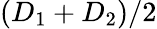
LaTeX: (D_{1}+D_{2})/2